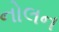
નોલન